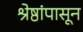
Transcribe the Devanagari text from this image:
श्रेष्ठांपासून